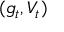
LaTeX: ( g _ { t } , V _ { t } )